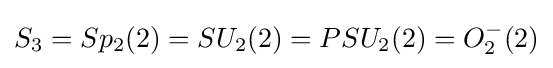
S_{3}=Sp_{2}(2)=SU_{2}(2)=PSU_{2}(2)=O_{2}^{-}(2)